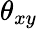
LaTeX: \theta_{xy}